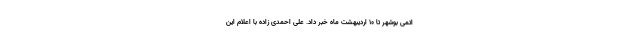
اتمی بوشهر تا ۱۰ اردیبهشت ماه خبر داد. علی احمدی زاده با اعلام این